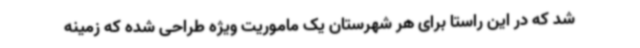
شد که در این راستا برای هر شهرستان یک ماموریت ویژه طراحی شده که زمینه